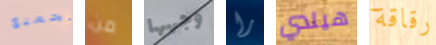
الجميع من وجهها را هيلدي رقاقة